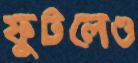
ফুটলেও